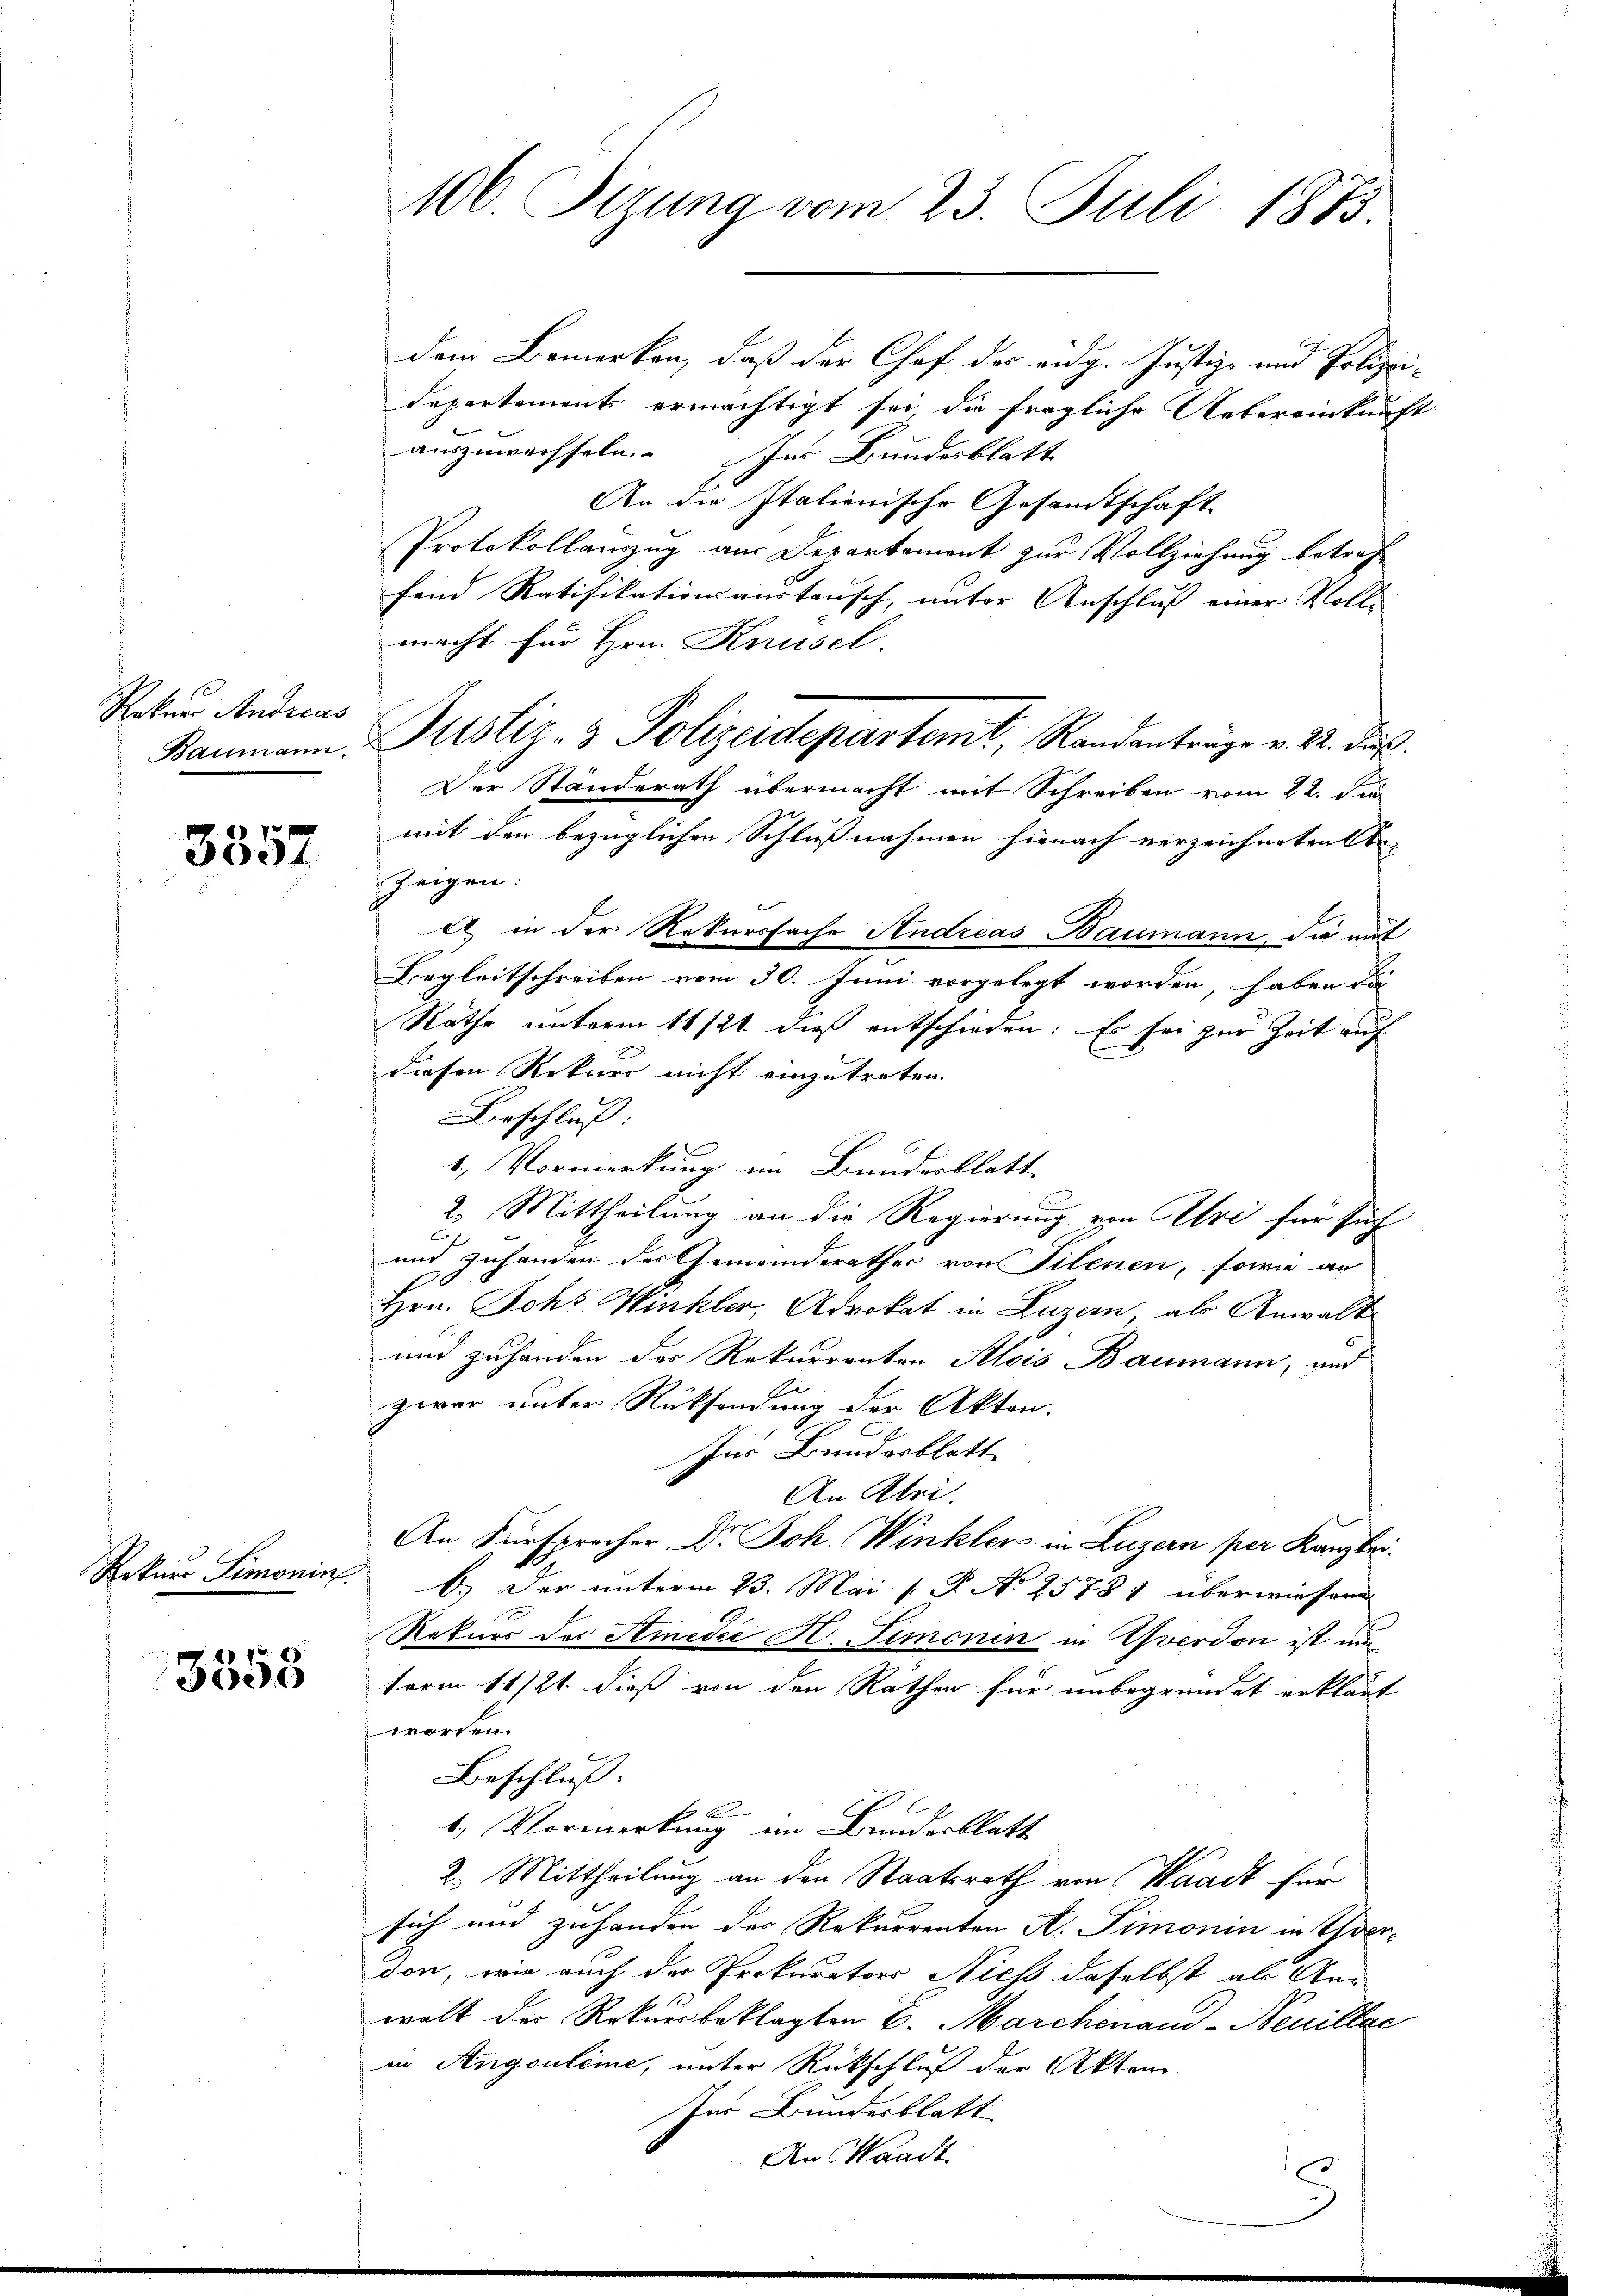
Roker Andreas

3357

Rekurs Simonin.

3555

100. Sizung vom 23. Juli 1873.

dem Bemerken, daß der Chef der eidg. Justiz- und Polizei-
Departements ermächtigt sei, die fragliche Uebereinkunft
auszuwechseln. In Bundesblatt
An die Italionische Gesamtschaft
Protokollanzug aus Departement zur Vollziehung betref
fand Ratifikation austausch, unter Anschluss einer Volle
macht für Hrn. Knüsel.
Der Standerath übermacht mit Schreiben vom 22. Ju
mit den bezüglichen Schlußnahmen hienach verzeichneten Ar-
zeigen:
 in der Rekursfache Andreas Baumann, die mit
Begleitschreiben vom 30. Juni vorgelegt worden, haben da
Räthe unterm 11 12t dieß entschieden: Es sei zur Zeit auf
diesen Rekurs nicht einzutreten.
Verschluß:
1. Vormerkung im Bundesblatt
2. Mittheilung an die Regierung von Uri für sich
C
mit Zuhanden des Gemeinderathes von Tilenen, sowie ar
Hrn. Johs. Winkler, Advokat in Luzern, als Anwalt
und zuhanden der Rekurrenten Alois Baumann, und
zwar unter Rücksendung der Akten.
Ins Bunderblatt
An Klei
An Fürsprocher Dr. Joh. Winkler in Luzern per Kanzlei.
b.) Der unterm 23. Mai [ P. No 2588 1 überwiesene
Rekurs der Amedie H. Simonin in Yverdon ist unterm 11/21. dieß von den Rathen für unbegründet erklärt
worden.
Beschluß:
b.) Vormerkung im Bundesblatt
2. Mittheilung an den Staatsrath von Waadt für
sich und zuhanden der Rekurrenten A. Simonin in Thor-
don, wie auch der Prokurators Niess daselbst als Anwalt der Rekursbeklagten 6. Marchenand - Neuillac
in Angouleme, unter Rückschluß der Akten
fer Bundesblatt
An Waadt.

Kanmann: Justiz- & Polizeidepartemt, Randanträge v. M. das